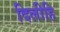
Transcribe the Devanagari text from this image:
दिलीहि